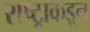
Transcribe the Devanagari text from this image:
राष्ट्राकडून